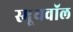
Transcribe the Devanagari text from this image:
स्मूथवॉल